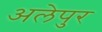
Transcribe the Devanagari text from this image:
अलेपुर